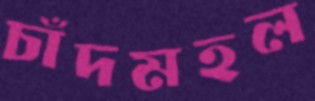
চাঁদমহল